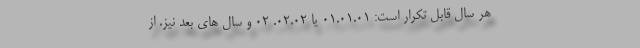
هر سال قابل تکرار است: 01.01.01 یا 02.02. 02 و سال های بعد نیز. از